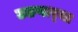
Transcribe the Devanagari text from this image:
उठणार्‍या